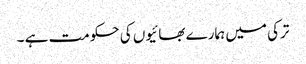
ترکی میں ہمارے بھائیوں کی حکومت ہے ۔